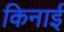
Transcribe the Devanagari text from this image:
किनाई